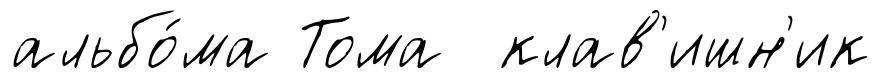
альбо́ма Тома клав'ишн'ик